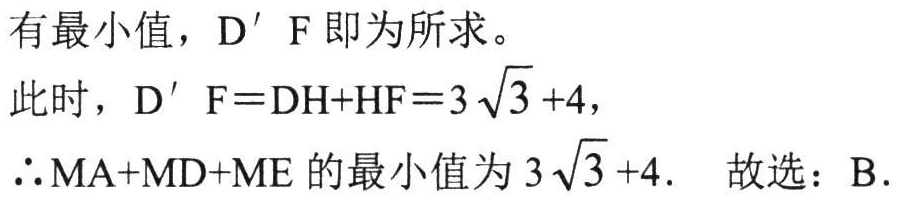
有最小值，\(D'F\) 即为所求。
此时，\(D'F = DH + HF=3\sqrt{3}+4\)，
\(\therefore MA + MD + ME\) 的最小值为 \(3\sqrt{3}+4\). 故选：B.